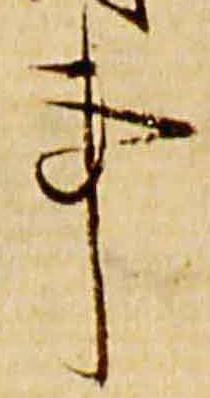
事